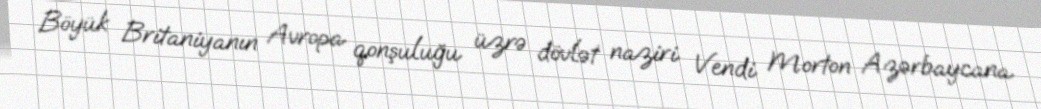
Böyük Britaniyanın Avropa qonşuluğu üzrə dövlət naziri Vendi Morton Azərbaycana